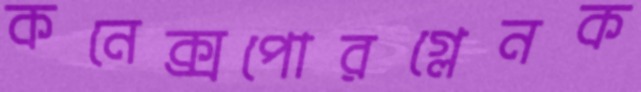
কনেক্সপোরগ্লেনক